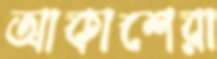
আকাশেরা